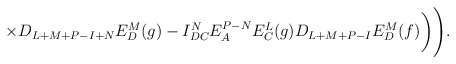
\begin{align*}\times D_{L+M+P-I+N}E^M_D(g)-I^N_{DC}E^{P-N}_AE^L_C(g)D_{L+M+P-I}E^M_D(f)\biggr)\Biggr).\end{align*}